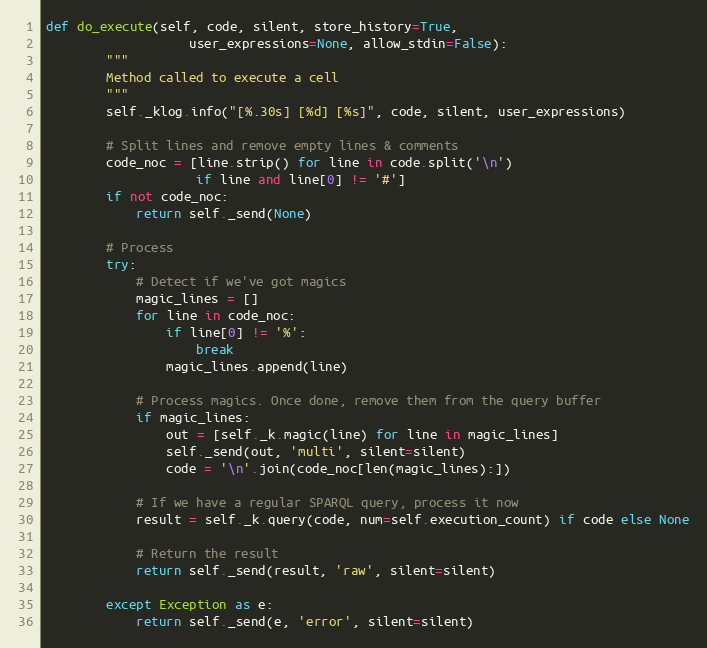
Language: Python
def do_execute(self, code, silent, store_history=True,
                   user_expressions=None, allow_stdin=False):
        """
        Method called to execute a cell
        """
        self._klog.info("[%.30s] [%d] [%s]", code, silent, user_expressions)

        # Split lines and remove empty lines & comments
        code_noc = [line.strip() for line in code.split('\n')
                    if line and line[0] != '#']
        if not code_noc:
            return self._send(None)

        # Process
        try:
            # Detect if we've got magics
            magic_lines = []
            for line in code_noc:
                if line[0] != '%':
                    break
                magic_lines.append(line)

            # Process magics. Once done, remove them from the query buffer
            if magic_lines:
                out = [self._k.magic(line) for line in magic_lines]
                self._send(out, 'multi', silent=silent)
                code = '\n'.join(code_noc[len(magic_lines):])

            # If we have a regular SPARQL query, process it now
            result = self._k.query(code, num=self.execution_count) if code else None

            # Return the result
            return self._send(result, 'raw', silent=silent)

        except Exception as e:
            return self._send(e, 'error', silent=silent)